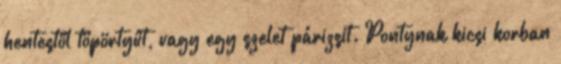
hentestől töpörtyűt, vagy egy szelet párizsit. Pontynak kicsi korban